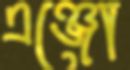
এঞ্জো